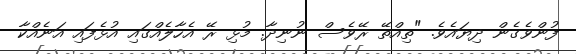
ފުންވެގެން ދިޔައެވެ. "ތިއްތޭ ރޭވެސް ނުނިދާ. މުޅި ރޭ އެހާލެއްގައި އުޅެފައި އަނެއްކާ